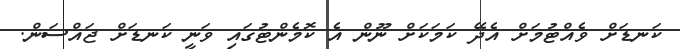
ކަނޑަށް ވެއްޓުމަށް އެދޭ ކަމަކަށް ނޫން އެ ކޮމެންޓުގައި ވަނީ ކަނޑަށް ޖައްސަން.